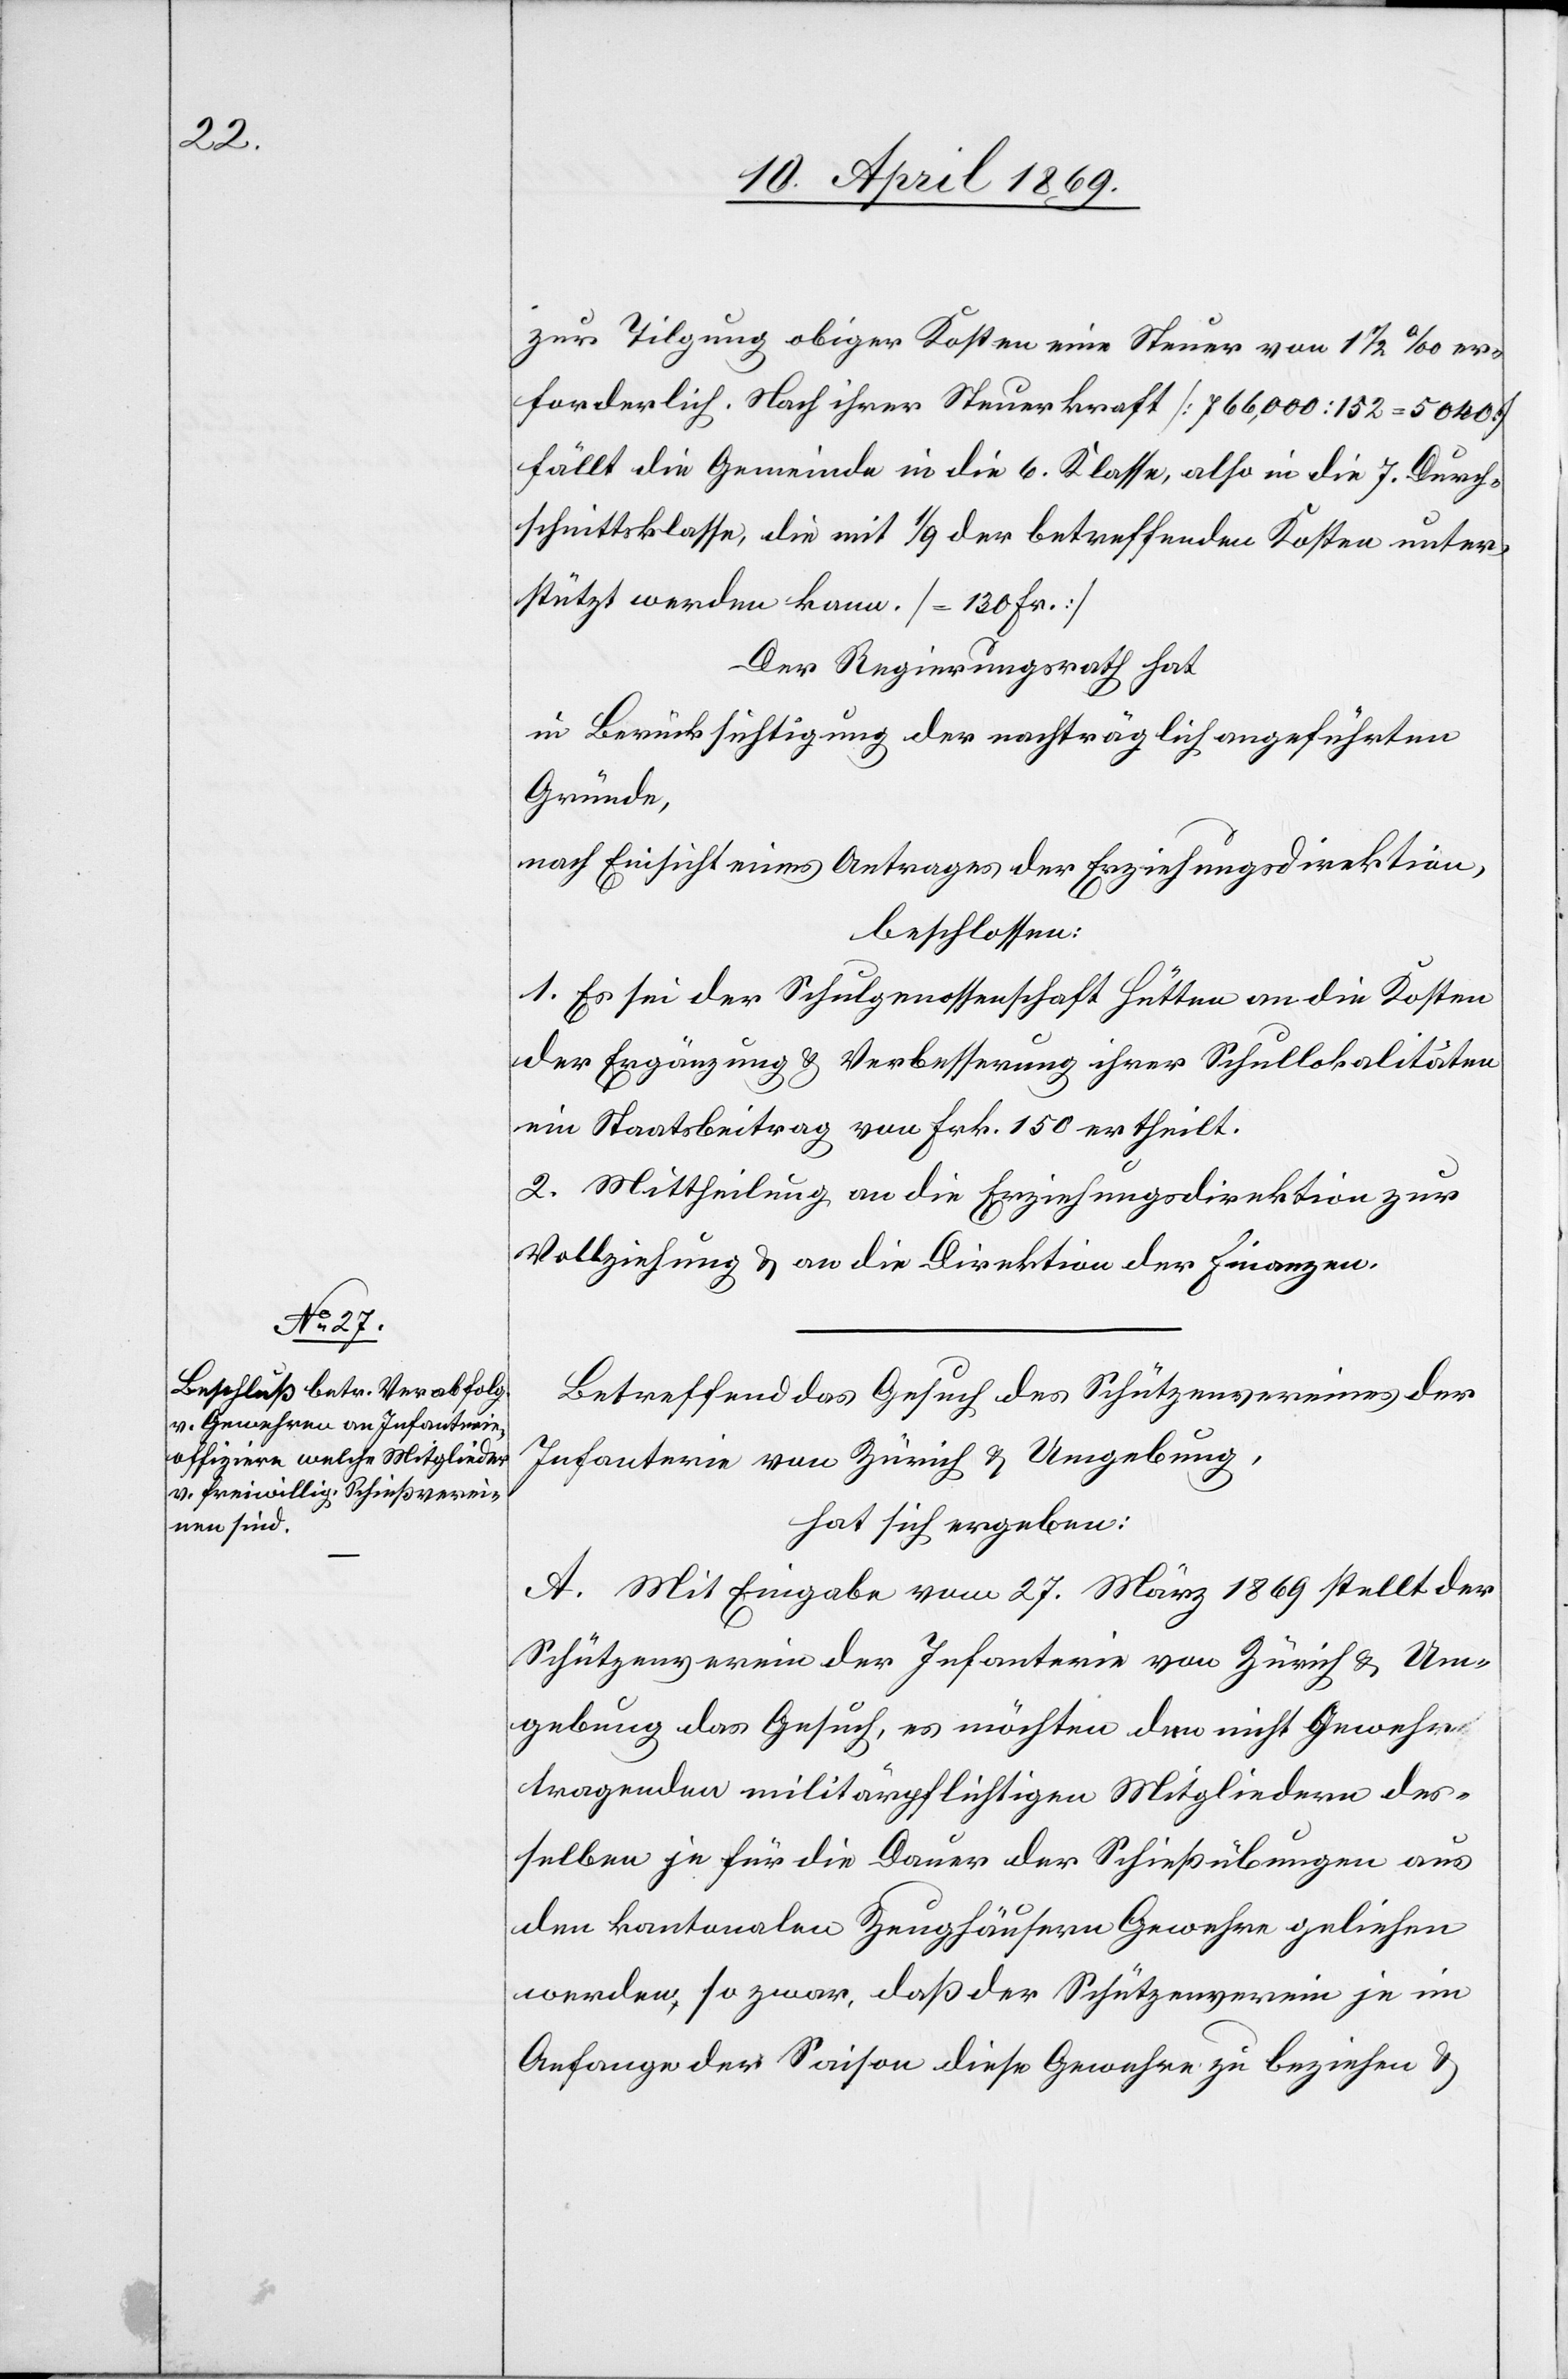
zur Tilgung obiger Kosten eine Steuer von 1 1/2‰ er¬
forderlich. Nach ihrer Steuerkraft [766,000 : 152 = 5040]
fällt die Gemeinde in die 6. Klasse, also in die 7. Durch¬
schnittsklasse, die mit 1/9 der betreffenden Kosten unter¬
stützt werden kann. [= 130 Fr.]
Der Regierungsrath hat
in Berücksichtigung der nachträglich angeführten
Gründe,
nach Einsicht eines Antrages der Erziehungsdirektion,
beschlossen:
1. Es sei der Schulgenossenschaft Hütten an die Kosten
der Ergänzung u. Verbesserung ihrer Schullokalitäten
ein Staatsbeitrag von Frk. 150 ertheilt.
2. Mittheilung an die Erziehungsdirektion zur
Vollziehung u. an die Direktion der Finanzen.
Betreffend das Gesuch des Schützenvereines der
Infanterie von Zürich u. Umgebung,
hat sich ergeben:
A. Mit Eingabe vom 27. März 1869 stellt der
Schützenverein der Infanterie von Zürich u. Um¬
gebung das Gesuch, es möchten den nicht Gewehr
tragenden militärpflichtigen Mitgliedern des¬
selben je für die Dauer der Schießübungen aus
den kantonalen Zeughäusern Gewehre geliehen
werden, so zwar, daß der Schützenverein je im
Anfange der Saison diese Gewehre zu beziehen u.